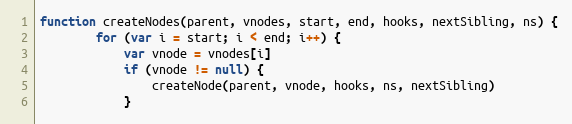
Language: JavaScript
function createNodes(parent, vnodes, start, end, hooks, nextSibling, ns) {
		for (var i = start; i < end; i++) {
			var vnode = vnodes[i]
			if (vnode != null) {
				createNode(parent, vnode, hooks, ns, nextSibling)
			}